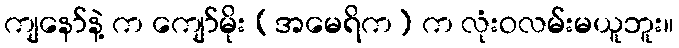
ကျနော်နဲ့ က ကျော်မိုး (အမေရိက) က လုံးဝလမ်းမယူဘူး။